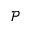
\mathcal { P }